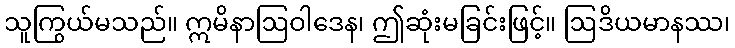
သူကြွယ်မသည်။ ဣမိနာဩဝါဒေန၊ ဤဆုံးမခြင်းဖြင့်။ ဩဒိယမာနဿ၊